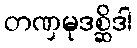
တဏှမုဒစ္ဆိဒါ